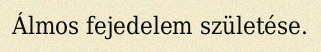
Álmos fejedelem születése.